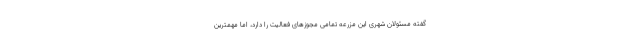
گفته مسئولان شهری این مزرعه تمامی مجوزهای فعالیت را دارد، اما مهمترین